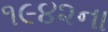
૧૯૪૨ના